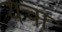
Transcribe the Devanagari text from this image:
यचा